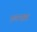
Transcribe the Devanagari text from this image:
एडवायझर